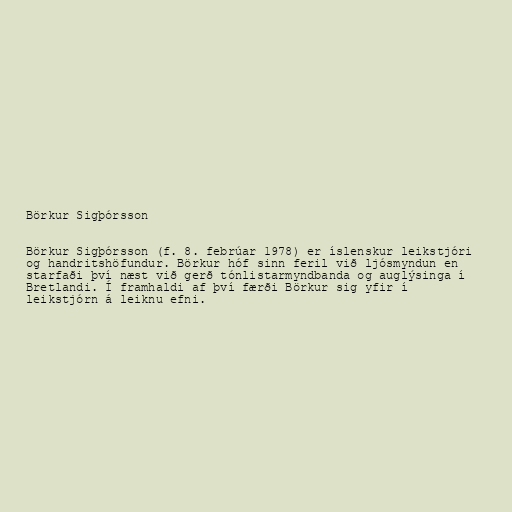
Börkur Sigþórsson

Börkur Sigþórsson (f. 8. febrúar 1978) er íslenskur leikstjóri
og handritshöfundur. Börkur hóf sinn feril við ljósmyndun en
starfaði því næst við gerð tónlistarmyndbanda og auglýsinga í
Bretlandi. Í framhaldi af því færði Börkur sig yfir í
leikstjórn á leiknu efni.